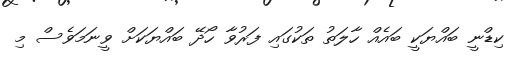
ކިޑްނީ ބައްޔަކީ ބައެއް ހާލަތު ތަކުގައި ފަރުވާ ހޯދޭ ބައްޔަކަށް ވީނަމަވެސް މި